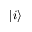
| i \rangle